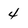
Character: 4